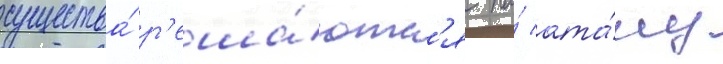
существа́ р'еша́ютс'я на́ ата́ку